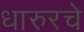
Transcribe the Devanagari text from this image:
धारुरचे